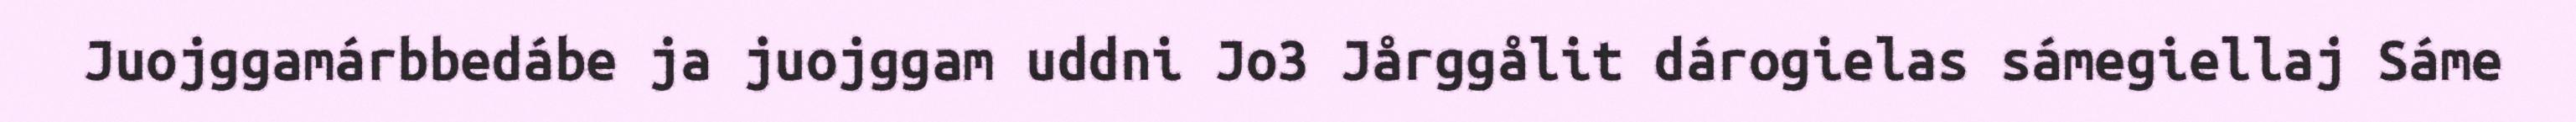
Juojggamárbbedábe ja juojggam uddni Jo3 Jårggålit dárogielas sámegiellaj Sáme